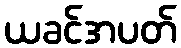
ယခင်အပတ်